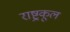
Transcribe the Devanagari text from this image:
राष्ट्रकूल